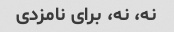
نه، نه، برای نامزدی